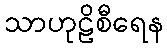
သာဟုဠိစီရေန